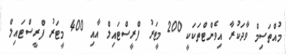
މުއްތަސިމް ވާދަކުރާ އިވެންޓްތަކަކީ 200 މީޓަރު ފްރީސްޓައިލް އާއި 400 މީޓަރު ފްރީސްޓައިލް